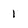
Character: 1